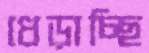
ধেড়াচ্ছি